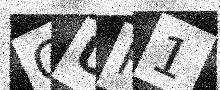
Text: CUH1